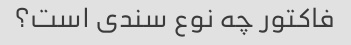
فاکتور چه نوع سندی است؟